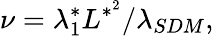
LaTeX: \nu=\lambda_{1}^{*}L^{*^{2}}/\lambda_{SDM},